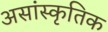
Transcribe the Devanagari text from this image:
असांस्कृतिक